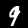
Label: 9